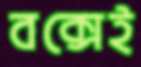
বক্সেই